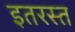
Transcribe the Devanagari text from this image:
इतरस्त